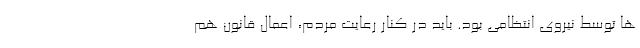
ها توسط نیروی انتظامی بود. باید در کنار رعایت مردم، اعمال قانون هم